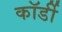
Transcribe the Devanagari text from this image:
कॉर्डी